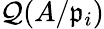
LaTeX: \mathcal{Q}(A/{\mathfrak{{p}}}_{i})